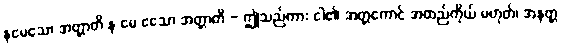
နမေသော အတ္တာတိ န မေ ဧသော အတ္တာတိ - ဤသည်ကား ငါ၏ အတ္တကောင် အထည်ကိုယ် မဟုတ်၊ အနတ္တ